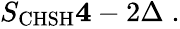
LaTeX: \begin{array}{r}{S_{\mathrm{CHSH}}\le 4-2\Delta\; .}\end{array}